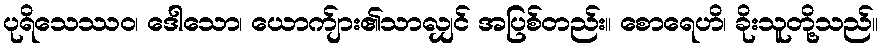
ပုရိသေဿဝ၊ ဒေါသော၊ ယောက်ျား၏သာလျှင် အပြစ်တည်း။ စောရေဟိ၊ ခိုးသူတို့သည်။